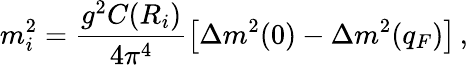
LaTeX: m_{i}^{2}=\frac{g^{2}C(R_{i})}{4\pi^{4}}\left[\Delta m^{2}(0)-\Delta m^{2}(q_{F})\right]\, ,